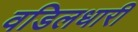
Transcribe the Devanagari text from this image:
वडिलधारी